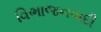
વિભાજનવાદી